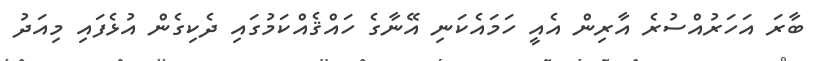
ބާރަ އަހަރުއްސުރެ އާރިން އެއީ ހަމައެކަނި އޭނާގެ ހައްޤެއްކަމުގައި ދެކިގެން އުޅެފައި މިއަދު